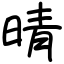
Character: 晴